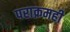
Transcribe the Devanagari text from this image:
पराक्रमही